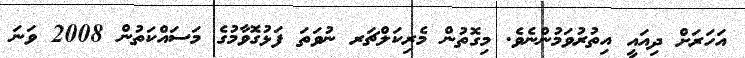
އަހަރަށް ދިއައީ އިތުރުވަމުންނެވެ. މިގޮތުން މެރިކަލްޗަރ ނުވަތަ ފަޅުގޮވާމުގެ މަސައްކަތުން 2008 ވަނަ